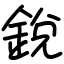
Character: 銳